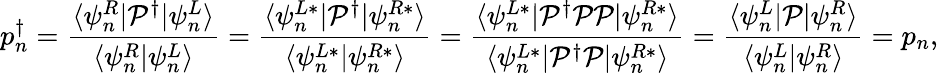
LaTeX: p_{n}^{\dagger}=\frac{\langle\psi_{n}^{R}|\mathcal{P}^{\dagger}|\psi_{n}^{L}\rangle}{\langle\psi_{n}^{R}|\psi_{n}^{L}\rangle}=\frac{\langle\psi_{n}^{L*}|\mathcal{P}^{\dagger}|\psi_{n}^{R*}\rangle}{\langle\psi_{n}^{L*}|\psi_{n}^{R*}\rangle}=\frac{\langle\psi_{n}^{L*}|\mathcal{P}^{\dagger}\mathcal{P}\mathcal{P}|\psi_{n}^{R*}\rangle}{\langle\psi_{n}^{L*}|\mathcal{P}^{\dagger}\mathcal{P}|\psi_{n}^{R*}\rangle}=\frac{\langle\psi_{n}^{L}|\mathcal{P}|\psi_{n}^{R}\rangle}{\langle\psi_{n}^{L}|\psi_{n}^{R}\rangle}=p_{n},